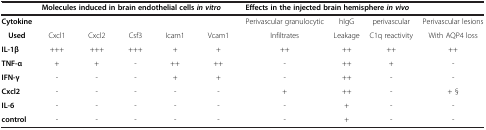
|  | <COLSPAN=5> Molecules induced in brain endothelial cells in vitro | <COLSPAN=4> Effects in the injected brain hemisphere in vivo |
 | --- | --- | --- | --- | --- | --- | --- | --- | --- | --- |
 | Cytokine |  |  |  |  |  | Perivascular granulocytic | hIgG | perivascular | Perivascular lesions |
 | Used | Cxcl1 | Cxcl2 | Csf3 | Icam1 | Vcam1 | Infiltrates | Leakage | C1q reactivity | With AQP4 loss |
 | IL-1β | +++ | +++ | +++ | + | + | ++ | ++ | ++ | ++ |
 | TNF-α | + | + | - | ++ | ++ | - | ++ | + | - |
 | IFN-γ | - | - | - | + | + | - | ++ | - | - |
 | Cxcl2 | - | - | - | - | - | + | ++ | - | + § |
 | IL-6 | - | - | - | - | - | - | + | - | - |
 | control | - | - | - | - | - | - | + | - | - |